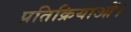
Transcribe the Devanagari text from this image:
प्रतिक्रियाओं।